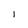
Character: l